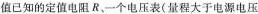
值已知的定值电阻R、-个电压表(量程大于电源电压